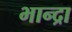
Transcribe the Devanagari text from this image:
भान्द्रा